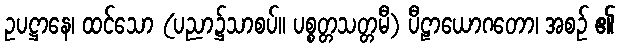
ဥပဋ္ဌာနေ၊ ထင်သော (ပညာ၌သာစပ်။ ပစ္စတ္တသတ္တမီ) ပီဠာယောဂတော၊ အစဉ် ၏